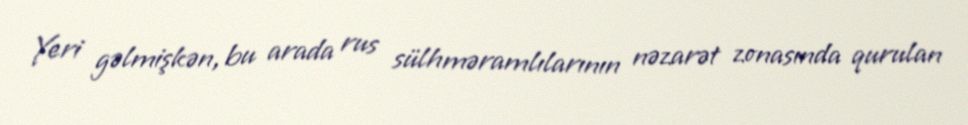
Yeri gəlmişkən, bu arada rus sülhməramlılarının nəzarət zonasında qurulan